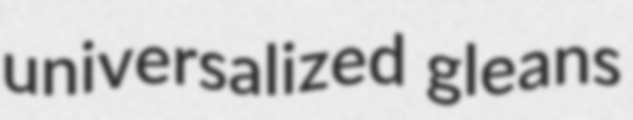
universalized gleans